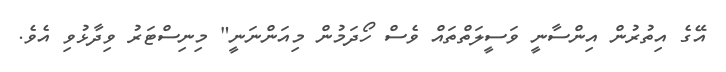
އޭގެ އިތުރުން އިންސާނީ ވަސީލަތްތައް ވެސް ހޯދަމުން މިއަންނަނީ" މިނިސްޓަރު ވިދާޅުވި އެވެ.